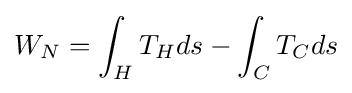
W_{N}=\int _{H}T_{H}ds-\int _{C}T_{C}ds